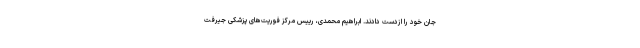
جان خود را ازدست دادند. ابراهیم محمدی، رییس مرکز فوریت‌های پزشکی جیرفت